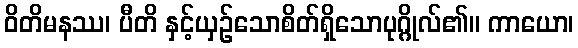
ဝိတိမနဿ၊ ပီတိ နှင့်ယှဉ်သောစိတ်ရှိသောပုဂ္ဂိုလ်၏။ ကာယော၊